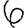
Digit: 6